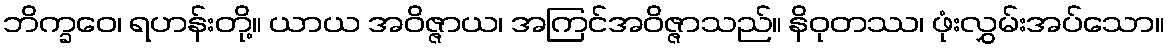
ဘိက္ခဝေ၊ ရဟန်းတို့။ ယာယ အဝိဇ္ဇာယ၊ အကြင်အဝိဇ္ဇာသည်။ နိဝုတဿ၊ ဖုံးလွှမ်းအပ်သော။